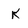
Character: K